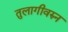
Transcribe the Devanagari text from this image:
तुलागीवरुन